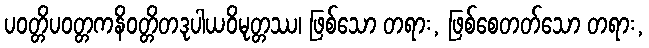
ပဝတ္တိပဝတ္တကနိဝတ္တိတဒုပါယဝိမုတ္တဿ၊ ဖြစ်သော တရား, ဖြစ်စေတတ်သော တရား,